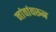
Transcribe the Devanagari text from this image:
नांवांवरून